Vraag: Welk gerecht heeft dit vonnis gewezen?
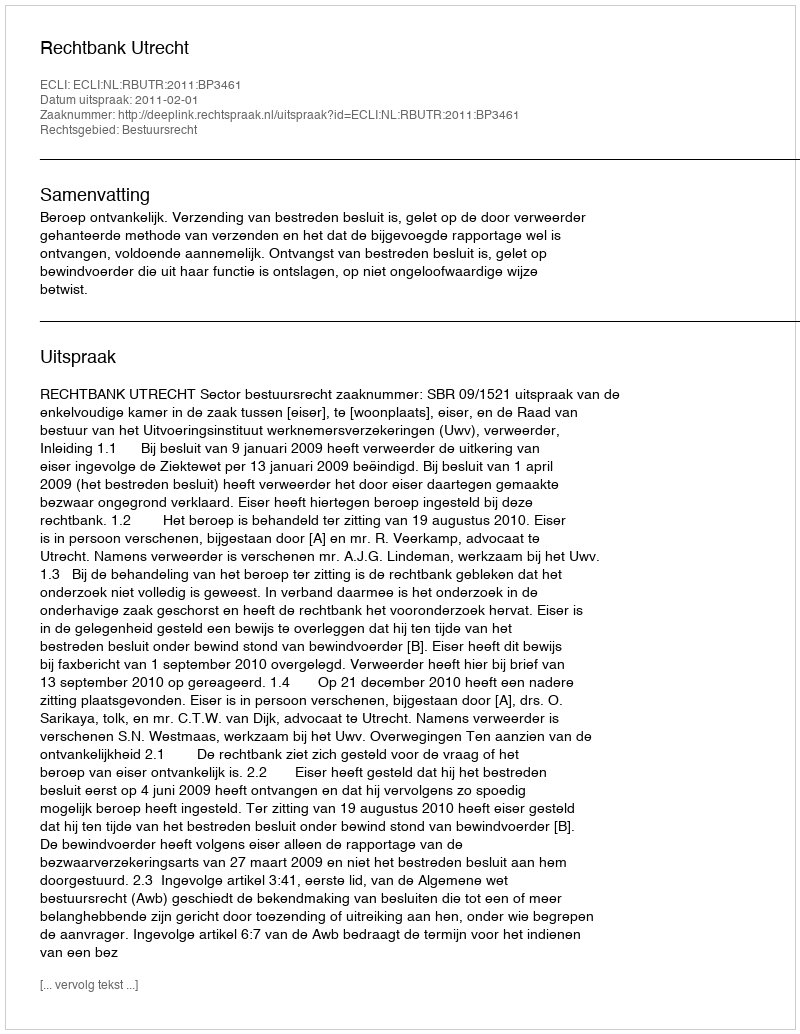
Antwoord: Rechtbank Utrecht